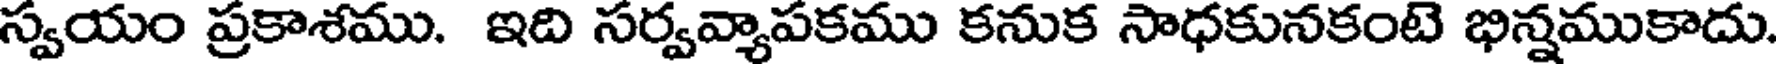
స్వయం ప్రకాశము. ఇది సర్వవ్యాపకము కనుక సాధకునకంటె భిన్నముకాదు